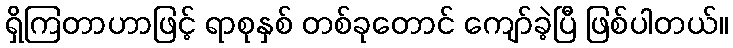
ရှိကြတာဟာဖြင့် ရာစုနှစ် တစ်ခုတောင် ကျော်ခဲ့ပြီ ဖြစ်ပါတယ်။